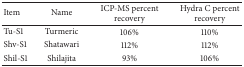
<table><thead><tr><td><b>Item</b></td><td><b>Name</b></td><td><b>ICP-MS percent recovery</b></td><td><b>Hydra C percent recovery</b></td></tr></thead><tbody><tr><td>Tu-S1</td><td>Turmeric</td><td>106%</td><td>110%</td></tr><tr><td>Shv-S1</td><td>Shatawari</td><td>112%</td><td>112%</td></tr><tr><td>Shil-S1</td><td>Shilajita</td><td>93%</td><td>106%</td></tr></tbody></table>